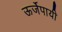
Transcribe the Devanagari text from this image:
ऊर्जेपायी